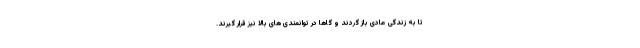
تا به زندگی عادی باز گردند و گاها در توانمندی های بالا نیز قرار گیرند.